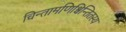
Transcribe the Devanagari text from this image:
चिन्तामणिश्चिन्तितस्य